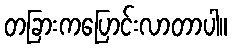
တခြားကပြောင်းလာတာပါ။